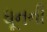
ધૂનની